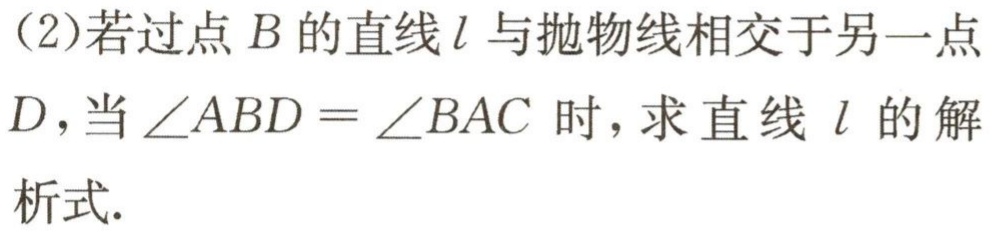
(2)若过点\(B\)的直线\(l\)与抛物线相交于另一点
\(D\)，当\(\angle ABD = \angle BAC\) 时，求直线 \(l\) 的解析式.